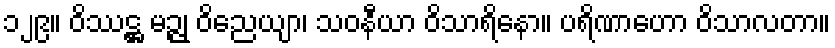
၁၂၉။ ဝိဿဋ္ဌ မဉ္ဇု ဝိညေယျာ၊ သဝနီယာ ဝိသာရိနော။ ပရိဏာဟော ဝိသာလတာ။